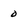
Character: 0